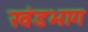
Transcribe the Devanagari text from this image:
खंडभाग